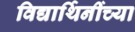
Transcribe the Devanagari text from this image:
विद्यार्थिनींच्या